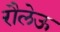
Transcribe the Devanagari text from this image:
रौलेऊ